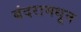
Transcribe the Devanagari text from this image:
बंदरामधून